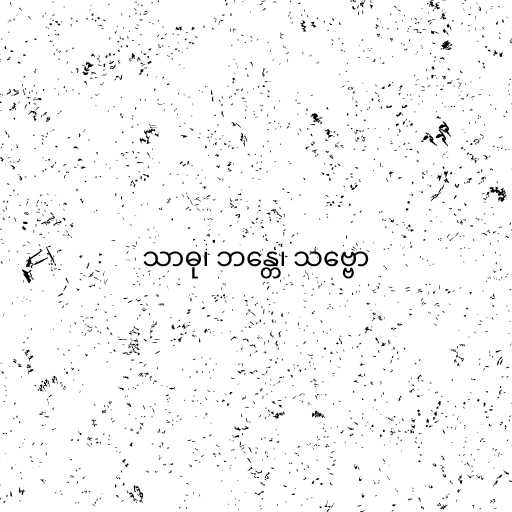
သာဓု၊ ဘန္တေ၊ သဗ္ဗော